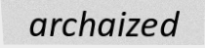
archaized